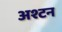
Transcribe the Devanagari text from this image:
अश्टन